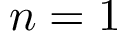
n = 1